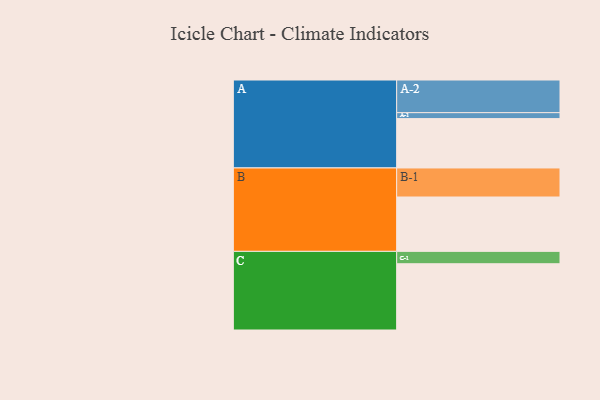
{"axis": {"x": "Segment", "y": "Value"}, "legend": ["", "A", "B", "C"], "data": [{"x": "A", "y": 423, "type": ""}, {"x": "B", "y": 466, "type": ""}, {"x": "C", "y": 568, "type": ""}, {"x": "A-1", "y": 51, "type": "A"}, {"x": "A-2", "y": 280, "type": "A"}, {"x": "B-1", "y": 249, "type": "B"}, {"x": "C-1", "y": 106, "type": "C"}]}